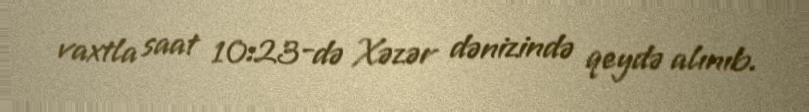
vaxtla saat 10:23-də Xəzər dənizində qeydə alınıb.